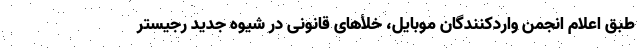
طبق اعلام انجمن واردکنندگان موبایل، خلأهای قانونی در شیوه جدید رجیستر